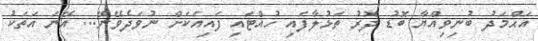
އަޙްމަދު ބުނިވިއްޔާ ބޮޑު ދޮރު ތަޅުލާފައި ހުއްޓައި ފައިއަކަށް ނުވަދެވޭނޭ... އޭނަ އަތަކު